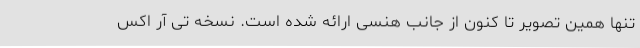
تنها همین تصویر تا کنون از جانب هنسی ارائه شده است. نسخه تی آر اکس